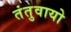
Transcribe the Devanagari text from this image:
तंतुवायो